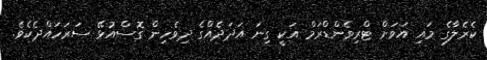
ކެރެލާގެ މައި އަވަށް ޓްރިވެންޑްރަމް އަކީ ގިނަ އަދަދެއްގެ ދިވެހިން ގޮސްއުޅޭ ސަރަހައްދެކެވެ.